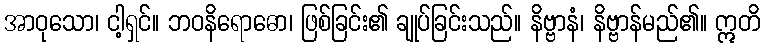
အာဝုသော၊ ငါ့ရှင်။ ဘဝနိရောဓော၊ ဖြစ်ခြင်း၏ ချုပ်ခြင်းသည်။ နိဗ္ဗာနံ၊ နိဗ္ဗာန်မည်၏။ ဣတိ